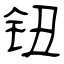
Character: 钮